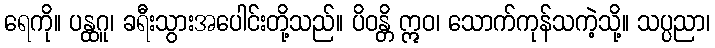
ရေကို။ ပန္ထဂူ၊ ခရီးသွားအပေါင်းတို့သည်။ ပိဝန္တိ ဣဝ၊ သောက်ကုန်သကဲ့သို့။ သပ္ပညာ၊